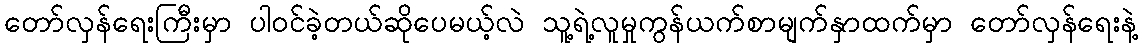
တော်လှန်ရေးကြီးမှာ ပါဝင်ခဲ့တယ်ဆိုပေမယ့်လဲ သူ့ရဲ့လူမှုကွန်ယက်စာမျက်နှာထက်မှာ တော်လှန်ရေးနဲ့